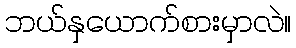
ဘယ်နှယောက်စားမှာလဲ။